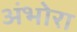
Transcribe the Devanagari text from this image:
अंभोरा